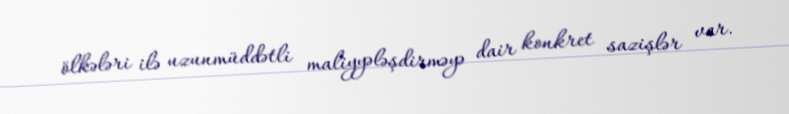
ölkələri ilə uzunmüddətli maliyyələşdirməyə dair konkret sazişlər var.